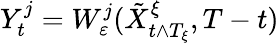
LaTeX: Y_{t}^{j}=W_{\varepsilon}^{j}(\tilde{X}_{t\wedge T_{\xi}}^{\xi},T-t)